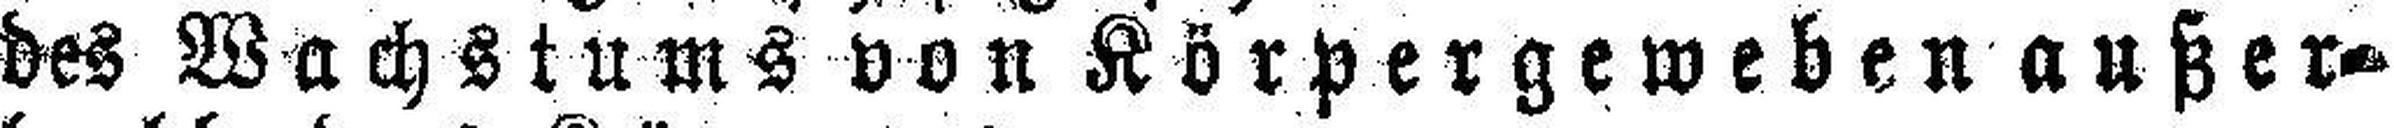
des Wachstums von Körpergeweben außer¬